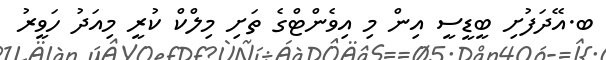
ބ.އޭދަފުށި ބީޑީސީ އިން މި އިވެންޓްގެ ތަށި މިލްކް ކުރީ މިއަދު ހަވީރު